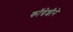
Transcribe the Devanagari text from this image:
कॉग्रेशीने